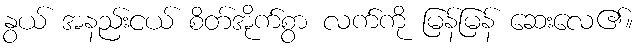
နွယ် အနည်းငယ် စိတ်အိုက်စွာ လက်ကို မြန်မြန် ဆေးလေ၏။